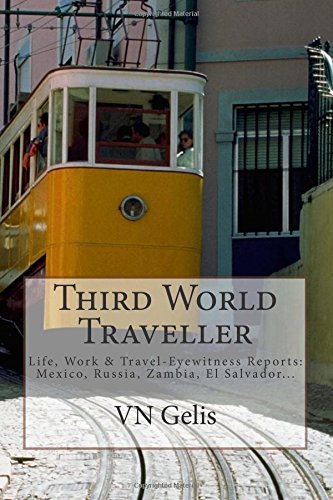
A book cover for Third World Traveller: Eyewitness Reports: Mexico, Russia, Zambia, El Salvador...; VN Gelis; Travel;